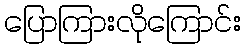
ပြောကြားလိုကြောင်း